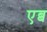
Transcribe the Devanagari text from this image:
एब्ब